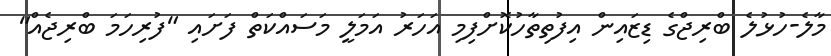
މާލެ-ހުޅުލެ ބްރިޖްގެ ޑިޒައިން އިފުތިތާހުކޮށްފިމި އަހަރު އަމަލީ މަސައްކަތް ފަށައި "ފުރިހަމަ ބްރިޖެއް"